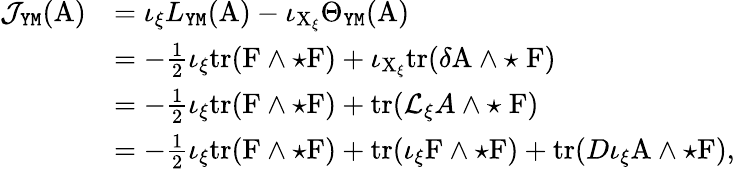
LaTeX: \begin{array}{rl}{\mathcal{J}_{\mathtt{YM}}(\mathrm{A})}&{=\iota_{\xi}L_{\mathtt{YM}}(\mathrm{A})-\iota_{\mathrm{X}_{\xi}}\Theta_{\mathtt{YM}}(\mathrm{A})}\\ &{=-\frac{1}{2}\iota_{\xi}\mathrm{tr}(\mathrm{F}\wedge\star\mathrm{F})+\iota_{\mathrm{X}_{\xi}}\mathrm{tr}(\delta\mathrm{A}\wedge\star\; \mathrm{F})}\\ &{=-\frac{1}{2}\iota_{\xi}\mathrm{tr}(\mathrm{F}\wedge\star\mathrm{F})+\mathrm{tr}(\mathcal{L}_{\xi}A\wedge\star\; \mathrm{F})}\\ &{=-\frac{1}{2}\iota_{\xi}\mathrm{tr}(\mathrm{F}\wedge\star\mathrm{F})+\mathrm{tr}(\iota_{\xi}\mathrm{F}\wedge\star\mathrm{F})+\mathrm{tr}(D\iota_{\xi}\mathrm{A}\wedge\star\mathrm{F}),}\end{array}